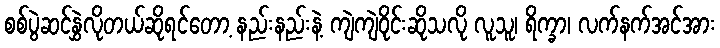
စစ်ပွဲဆင်နွှဲလိုတယ်ဆိုရင်တော့ နည်းနည်းနဲ့ ကျဲကျဲဝိုင်းဆိုသလို လူသူ၊ ရိက္ခာ၊ လက်နက်အင်အား